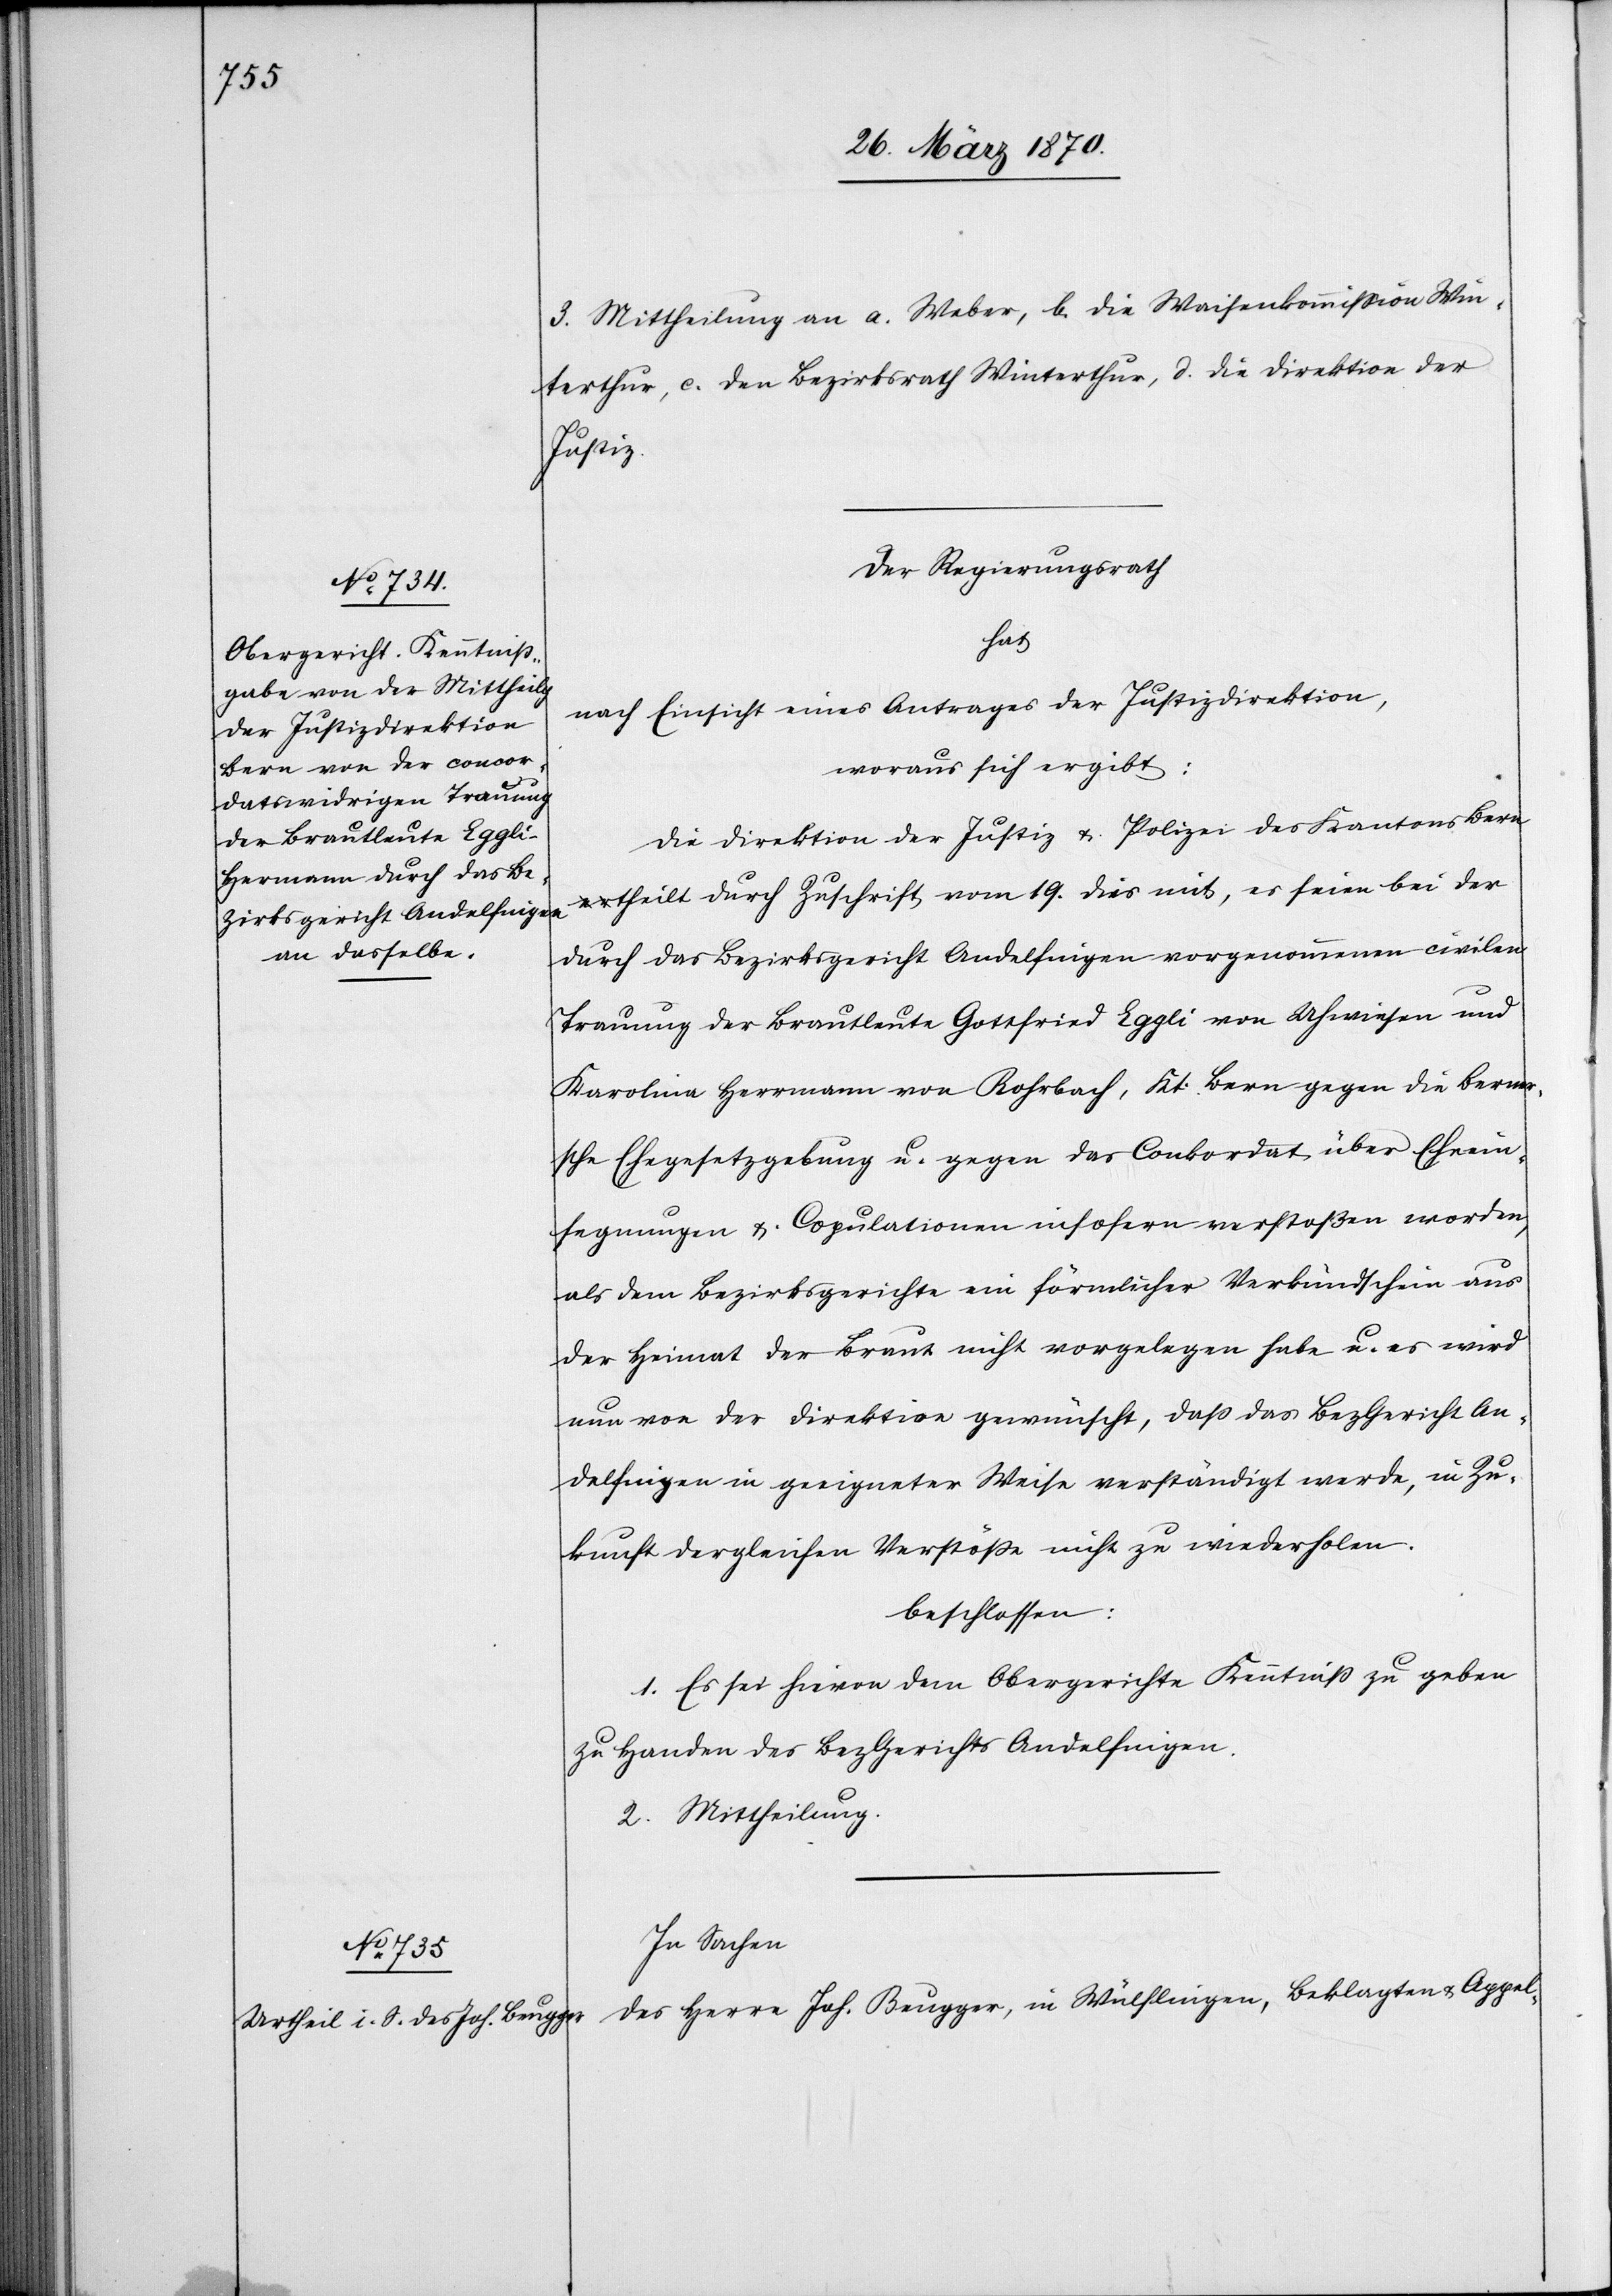
3. Mittheilung an a. Weber, b. die Waisenkommission Win¬
terthur, c. den Bezirksrath Winterthur, d. die Direktion der
Justiz.
Der Regierungsrath
hat
nach Einsicht eines Antrages der Justizdirektion,
woraus sich ergibt:
Die Direktion der Justiz & Polizei des Kantons Bern
theilt durch Zuschrift vom 19. dies mit, es seien bei der
durch das Bezirksgericht Andelfingen vorgenommenen civilen
Trauung der Brautleute Gottfried Eggli von Uhwiesen und
Karolina Herrmann [sic!] von Rohrbach, Kt. Bern gegen die berner¬
sche Ehegesetzgebung u. gegen das Conkordat über Eheein¬
segnungen & Copulationen insofern verstoßen worden,
als dem Bezirksgerichte ein förmlicher Verkündschein aus
der Heimat der Braut nicht vorgelegen habe u. es wird
nun von der Direktion gewünscht, daß das Bez Gericht An¬
delfingen in geeigneter Weise verständigt werde, in Zu¬
kunft dergleichen Verstöße nicht zu wiederholen.
beschlossen:
1. Es sei hievon dem Obergerichte Kenntniß zu geben
zu Handen des Bez Gerichts Andelfingen.
2. Mittheilung.
In Sachen
des Herrn Joh. Beugger, in Wülflingen, Beklagten & Appel